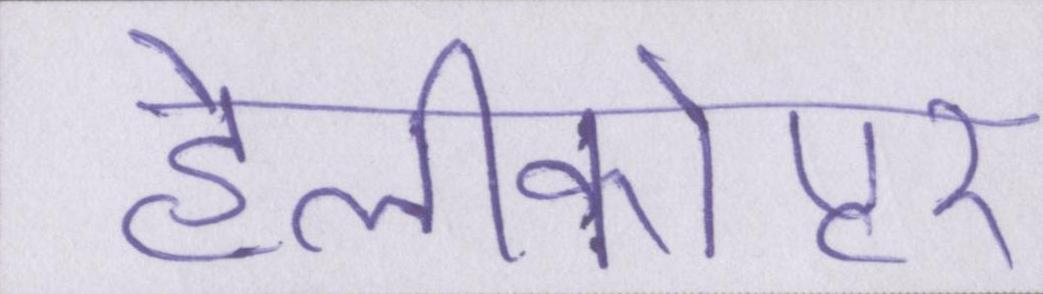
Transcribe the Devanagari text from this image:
हेलीकोप्टर